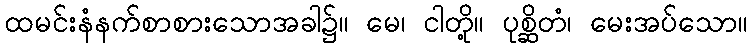
ထမင်းနံနက်စာစားသောအခါ၌။ မေ၊ ငါတို့။ ပုစ္ဆိတံ၊ မေးအပ်သော။